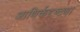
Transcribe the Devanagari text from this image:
आथिर्कदृष्ट्या